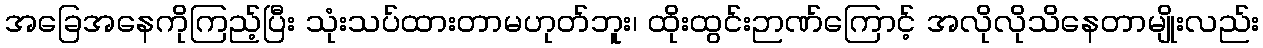
အခြေအနေကိုကြည့်ပြီး သုံးသပ်ထားတာမဟုတ်ဘူး၊ ထိုးထွင်းဉာဏ်ကြောင့် အလိုလိုသိနေတာမျိုးလည်း